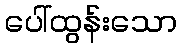
ပေါ်ထွန်းသော